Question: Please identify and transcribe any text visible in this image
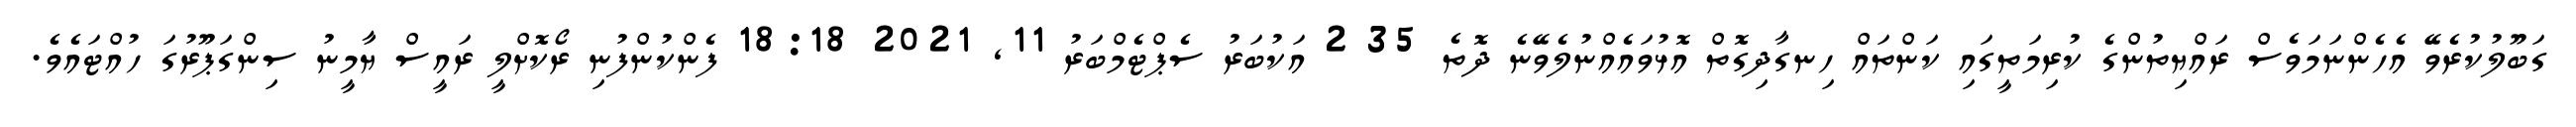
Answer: ގަބޫލުކުރެވޭ އެހެންނަމަވެސް ރައްޔިތުންގެ ކުރިމަތީގައި ކަންތައް ހިނގާދިގޮތް އޮޅުވައެއްނުލެވޭނެ ދޮތެ 35 2 އަކުބަރު ސެޕްޓެމްބަރު 11, 2021 18:18 ފެންކުންފުނި ރޯކޮށްލީ ރައީސް ޔާމީނު ސިންގަޕޫރުގަ ހުއްޓައެވެ.